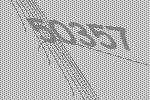
50357